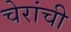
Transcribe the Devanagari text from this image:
चेरांची